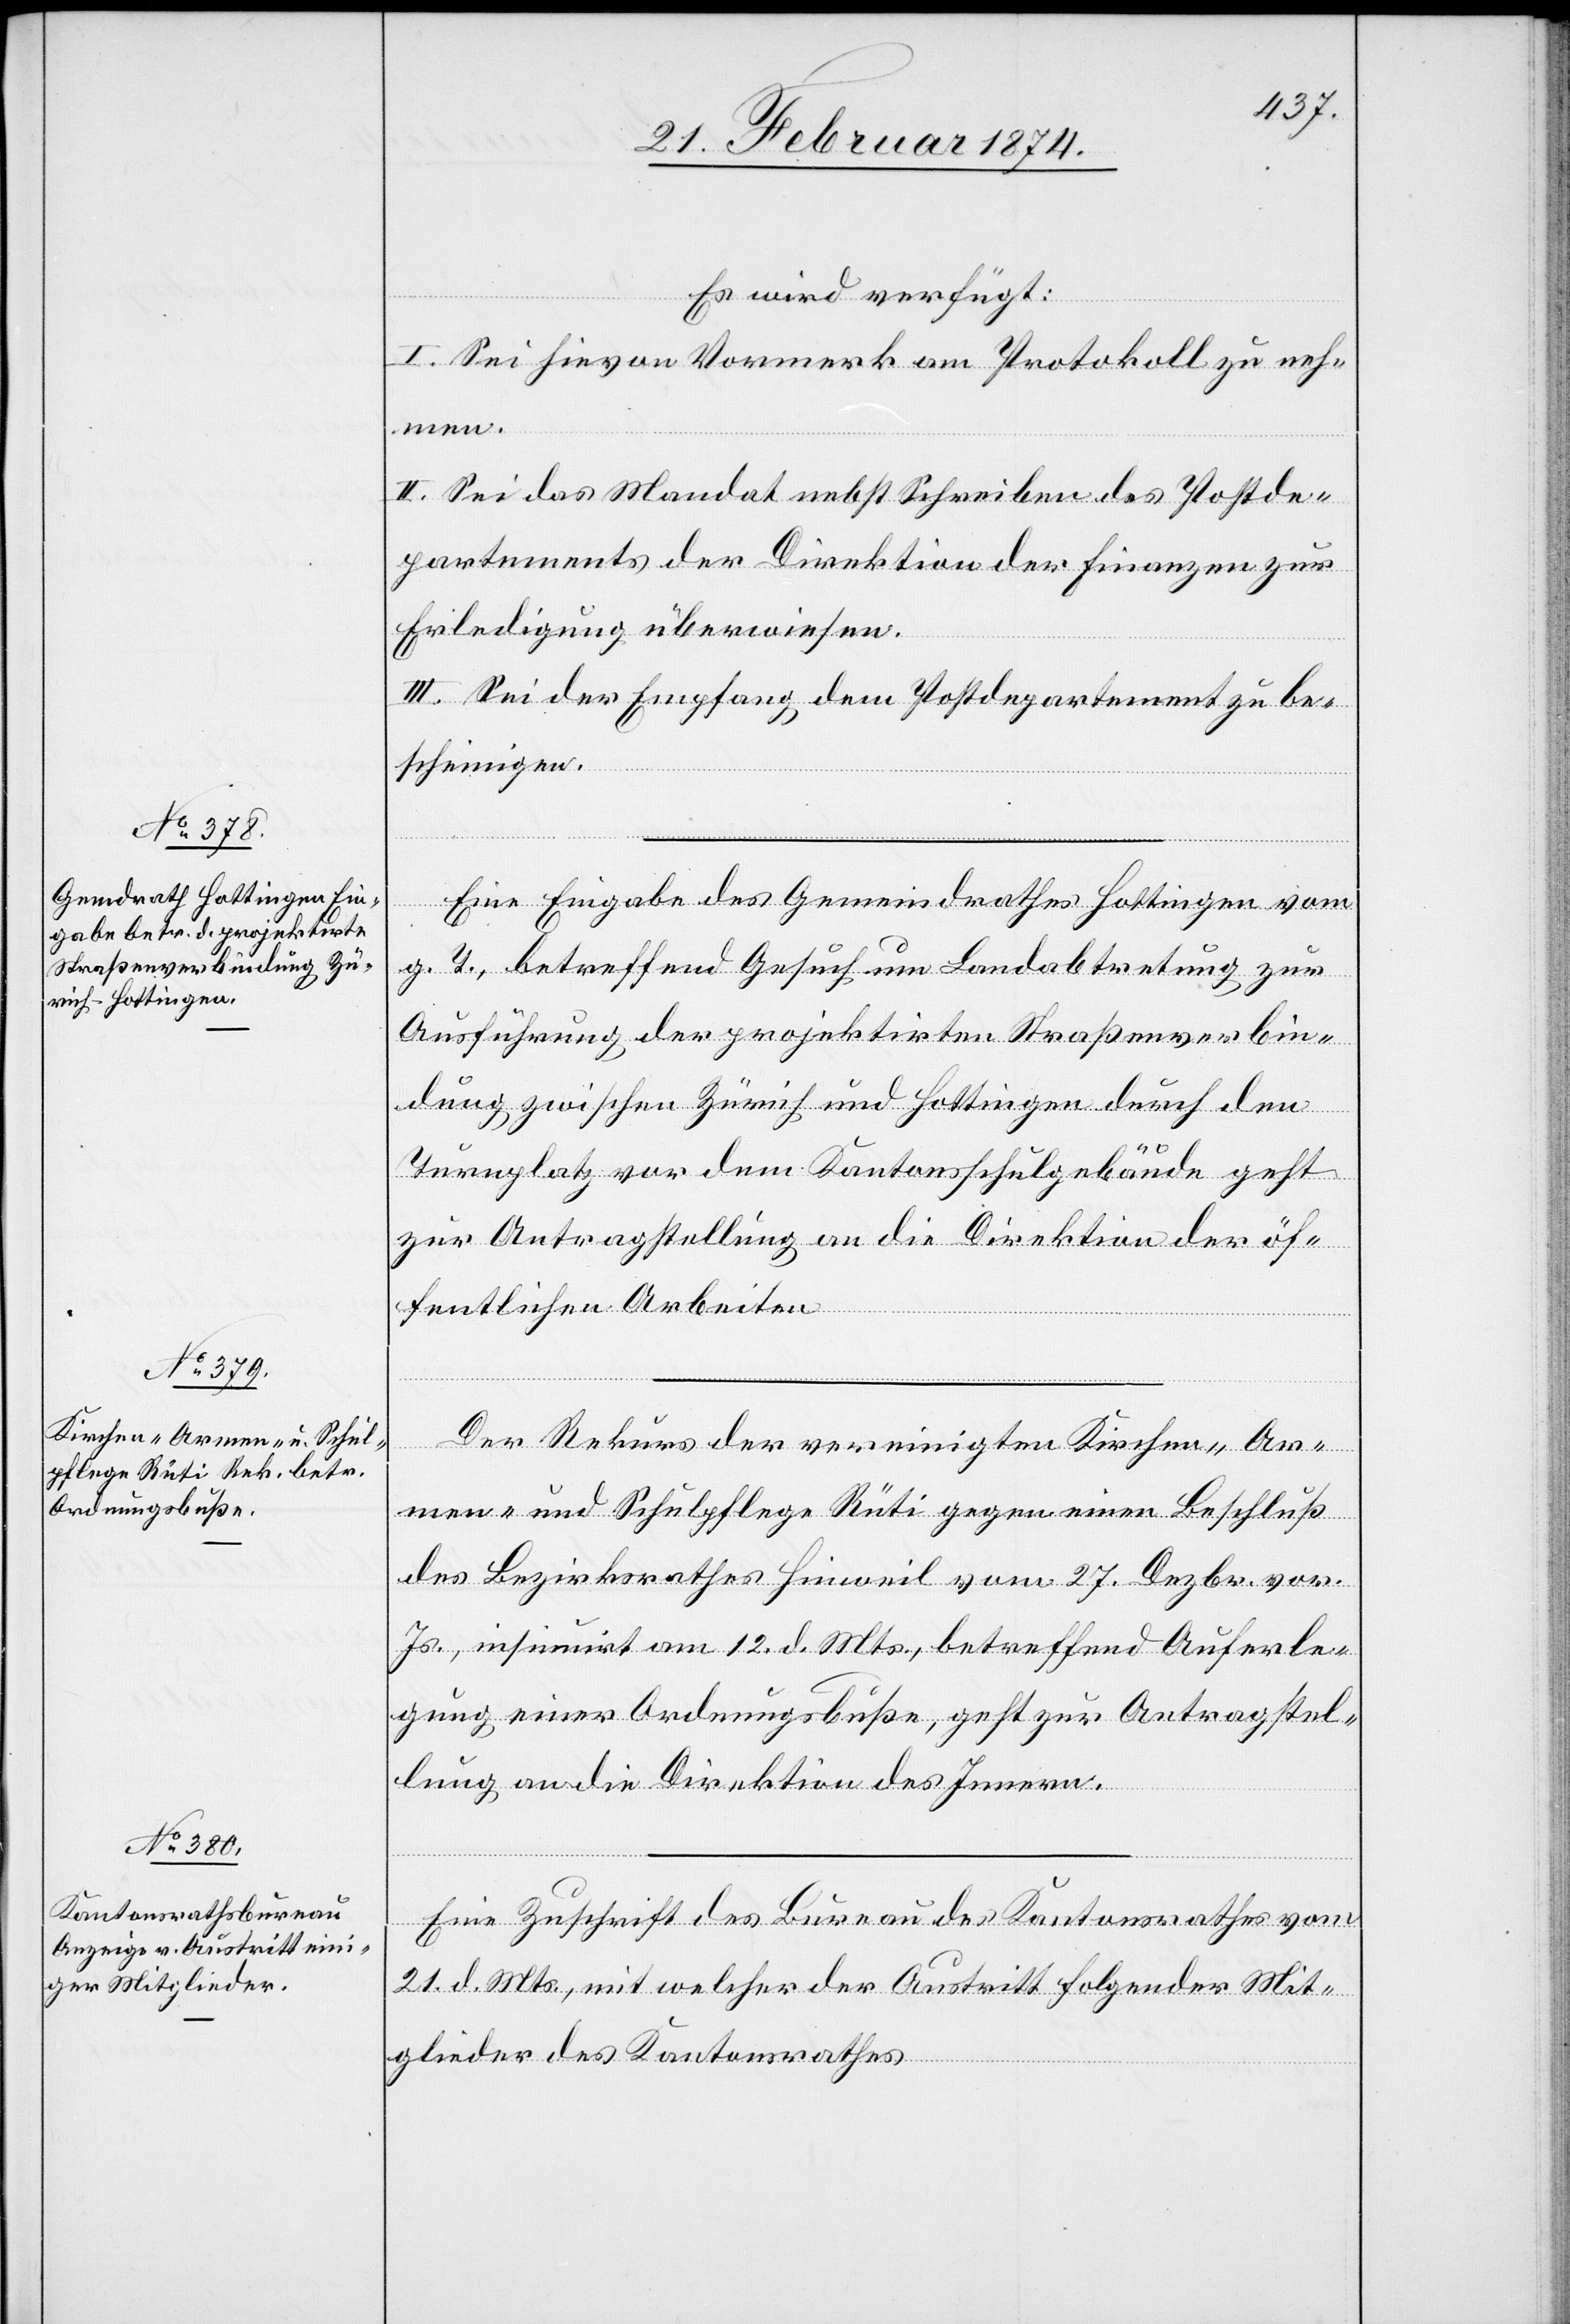
25. Februar 1874.]
Es wird verfügt:
I. Sei hievon Vormerk am Protokoll zu neh¬
men.
II. Sei das Mandat nebst Schreiben des Postde¬
partements der Direktion der Finanzen zur
Erledigung überwiesen.
III. Sei der Empfang dem Postdepartement zu be¬
scheinigen.
Eine Eingabe des Gemeindrathes Hottingen vom
g. T., betreffend Gesuch um Landabtretung zur
Ausführung der projektirten Straßenverbin¬
dung zwischen Zürich und Hottingen durch den
Turnplatz vor dem Kantonsschulgebäude geht
zur Antragstellung an die Direktion der öf¬
fentlichen Arbeiten.
Der Rekurs der vereinigten Kirchen-[,]Ar¬
men- und Schulpflege Rüti gegen einen Beschluß
des Bezirksrathes Hinweil vom 27. Dezbr. vor.
Js., insinuirt am 12. d. Mts., betreffend Auferle¬
gung einer Ordnungsbuße, geht zur Antragstel¬
lung an die Direktion des Innern.
Eine Zuschrift des Bureau des Kantonsrathes vom
21. d. Mts., mit welcher der Austritt folgender Mit¬
glieder des Kantonsrathes